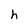
Character: h